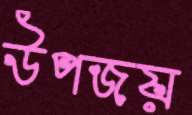
উপজয়